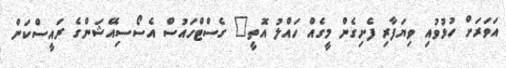
އަވަރަށް ހުޅުވުއި ވިޔަފާރި ފެށިގެން މީގެއް ހައްލު އޮތީ" ގެސްޓްހައުސް އެސޯސިއޭޝަންގެ ރައީސްކަން